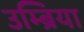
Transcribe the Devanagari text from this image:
उम्ब्रिया